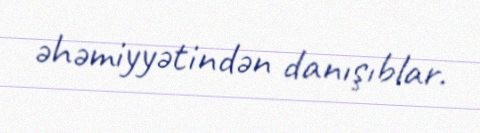
əhəmiyyətindən danışıblar.